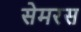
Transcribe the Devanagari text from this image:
सेमरस